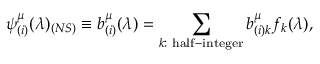
\psi _ { ( i ) } ^ { \mu } ( \lambda ) _ { ( N S ) } \equiv b _ { ( i ) } ^ { \mu } ( \lambda ) = \sum _ { k : \mathrm { \footnotesize ~ h a l f - i n t e g e r } } b _ { ( i ) k } ^ { \mu } f _ { k } ( \lambda ) ,